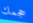
حجمك